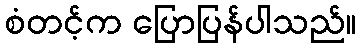
စံတင့်က ပြောပြန်ပါသည်။